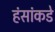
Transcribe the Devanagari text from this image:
हंसांकडे